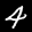
Label: 4